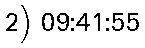
2) 09:41:55